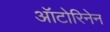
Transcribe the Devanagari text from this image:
ऑटोरिनेन